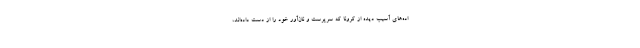
اده‌های آسیب دیده از کرونا که سرپرست و نان‌آور خود را از دست داده‌اند،